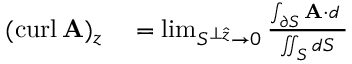
\begin{array} { r l } { ( \operatorname { c u r l } \mathbf { A } ) _ { z } } & { { } = \operatorname* { l i m } _ { S ^ { \perp { \boldsymbol { \hat { z } } } } \to 0 } { \frac { \int _ { \partial S } \mathbf { A } \cdot d \mathbf { \ell } } { \iint _ { S } d S } } } \end{array}